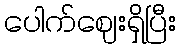
ပေါက်ဈေးရှိပြီး